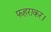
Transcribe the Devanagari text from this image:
फहराकर।